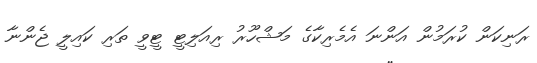
ރަނިކަން ކުރަމުން އަންނަ އެމެރިކާގެ މަޝްހޫރު ރިއަލިޓީ ޓީވީ ތަރި ކައިލީ ޖެންނާ